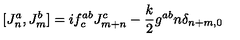
[ J _ { n } ^ { a } , J _ { m } ^ { b } ] = i f _ { c } ^ { a b } J _ { m + n } ^ { c } - { \frac { k } { 2 } } g ^ { a b } n \delta _ { n + m , 0 }